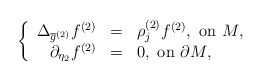
\begin{align*}\left\{\begin{array}{rcl}\Delta_{{\overline{g}}^{(2)}} f^{(2)} & = & \rho_{j}^{(2)} f^{(2)},\mbox{ on $ M$,} \\\partial_{\eta_2} f^{(2)} & = & 0, \mbox{ on $\partial M$},\end{array}\right.\end{align*}